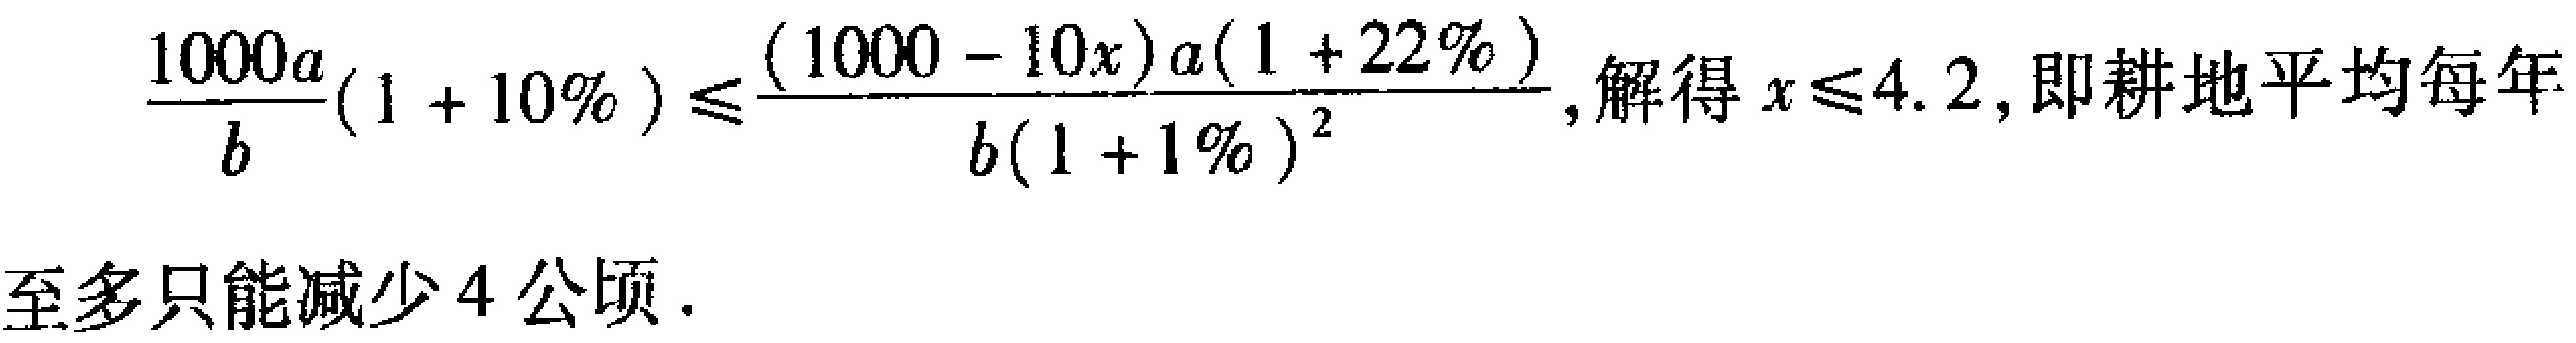
\(\frac{1000a}{b}(1 + 10\%) \leq \frac{(1000 - 10x)a(1 + 22\%)}{b(1 + 1\%)^{2}}\), 解得 \(x \leq 4.2\), 即耕地平均每年至多只能减少 \(4\) 公顷.